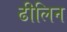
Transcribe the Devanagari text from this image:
ढीलिन